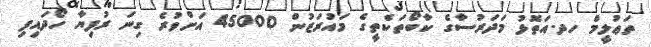
ތަޢުލީމް ހދ.އަތޮޅު މަދަރުސާގެ ކާބޯތަކެތީގެ މައުރަޒުން 45000 އަށްވުރެ ގިނަ ރުފިޔާ ހޯދައިފި